Papers set at the Examination for Leaving Certificates, 1889
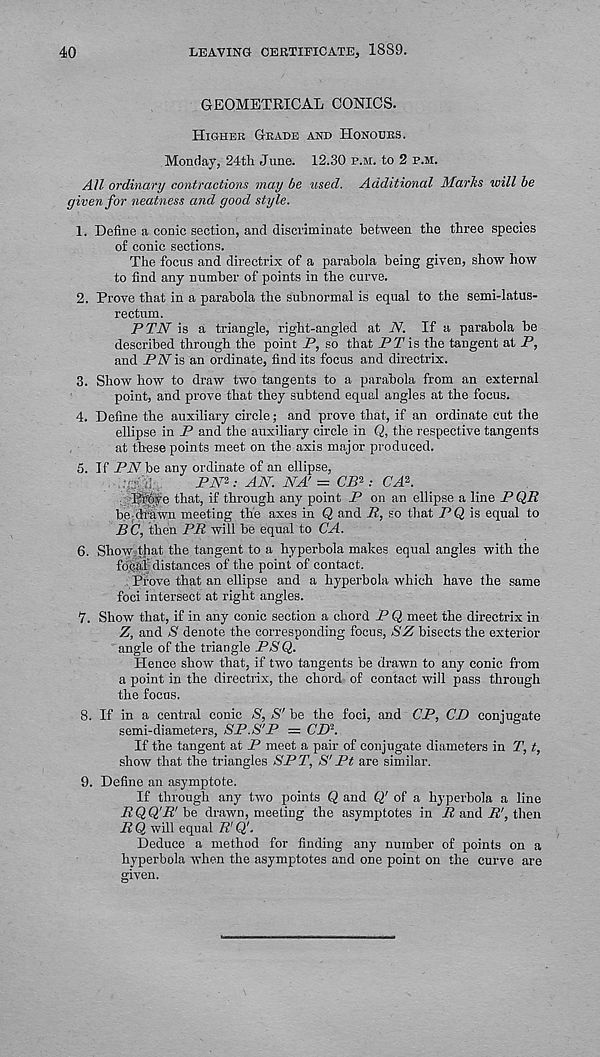
40
LEAVING CERTIFICATE, 1889.
GEOMETRICAL CONICS.
Higher Grade and Honours.
Monday, 24tli June. 12.30 p.m. to 2 p.m.
All ordinary contractions may be used. Additional Marks will be
given for neatness and good style.
1. Define a conic section, and discriminate between the three species
of conic sections.
The focus and directrix of a parabola being given, show how
to find any number of points in the curve.
2. Prove that in a parabola the subnormal is equal to the semi-latus-
rectum.
PTN is a triangle, right-angled at N. If a parabola be
described through the point P, so that PT is the tangent at P,
and PN is an ordinate, find its focus and directrix.
3. Show how to draw two tangents to a parabola from an external
point, and prove that they subtend equal angles at the focus.
4. Define the auxiliary circle; and prove that, if an ordinate cut the
ellipse in P and the auxiliary circle in Q, the respective tangents
at these points meet on the axis major produced.
5. If PN be any ordinate of an ellipse,
PA'2; AN. NA! = CP 2 ; CA-.
Prove that, if through any point P on an ellipse a line PQR
bo drawn meeting the axes in Q and P, so that PQ is equal to
BC, then PR will be equal to CA.
6. Show that the tangent to a hyperbola makes equal angles with the
focal distances of the point of contact.
. Prove that an ellipse and a hyperbola which have the same
foci intersect at right angles.
7. Show that, if in any conic section a chord P Q meet the directrix in
Z, and S denote the corresponding focus, SZ bisects the exterior
angle of the triangle P/S'Q.
Hence show that, if two tangents be drawn to any conic from
a point in the directrix, the chord of contact will pass through
the focus.
8. If in a central conic S, S' be the foci, and CP, CD conjugate
semi-diameters, SP.S'P = CD 2 .
If the tangent at P meet a pair of conjugate diameters in T, t,
show that the triangles SP T, S' Ft are similar.
9. Define an asymptote.
If through any two points Q and Q! of a hyperbola a line
PQQ'P'be drawn, meeting the asymptotes in R and R', then
PQ will equal P'Q'.
Deduce a method for finding any number of points on a
hyperbola when the asymptotes and one point on the curve are
given.